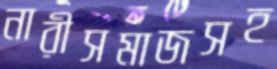
নারীসমাজসহ